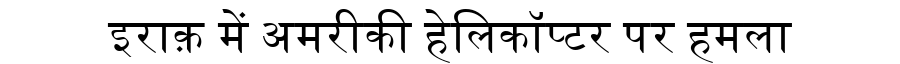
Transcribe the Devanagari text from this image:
इराक़ में अमरीकी हेलिकॉप्टर पर हमला